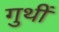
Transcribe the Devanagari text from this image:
गुथीं